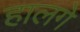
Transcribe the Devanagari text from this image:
हालगे